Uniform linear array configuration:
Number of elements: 48
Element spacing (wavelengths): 0.75
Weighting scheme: kaiser
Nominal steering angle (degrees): -30
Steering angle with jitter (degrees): -29.116
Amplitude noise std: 0.05
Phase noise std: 0.05

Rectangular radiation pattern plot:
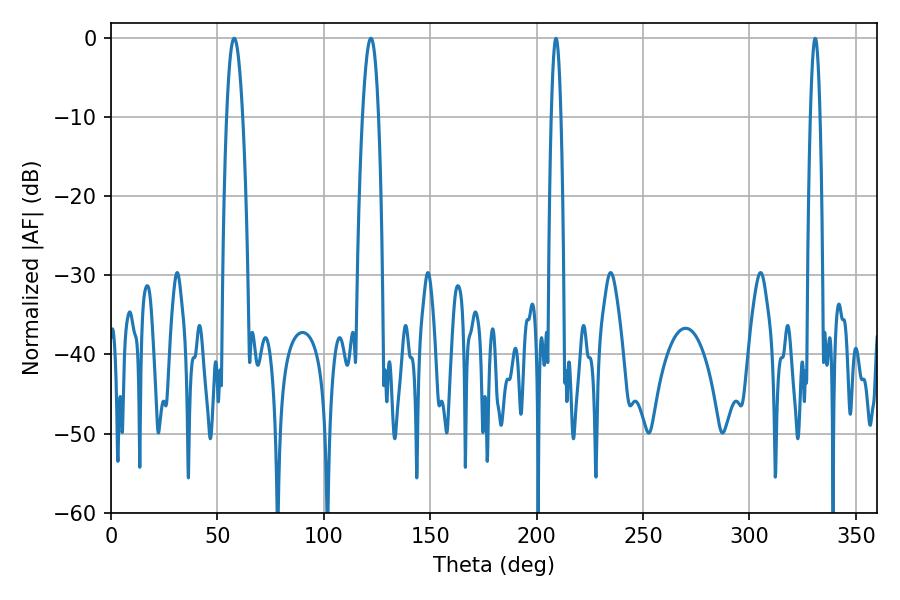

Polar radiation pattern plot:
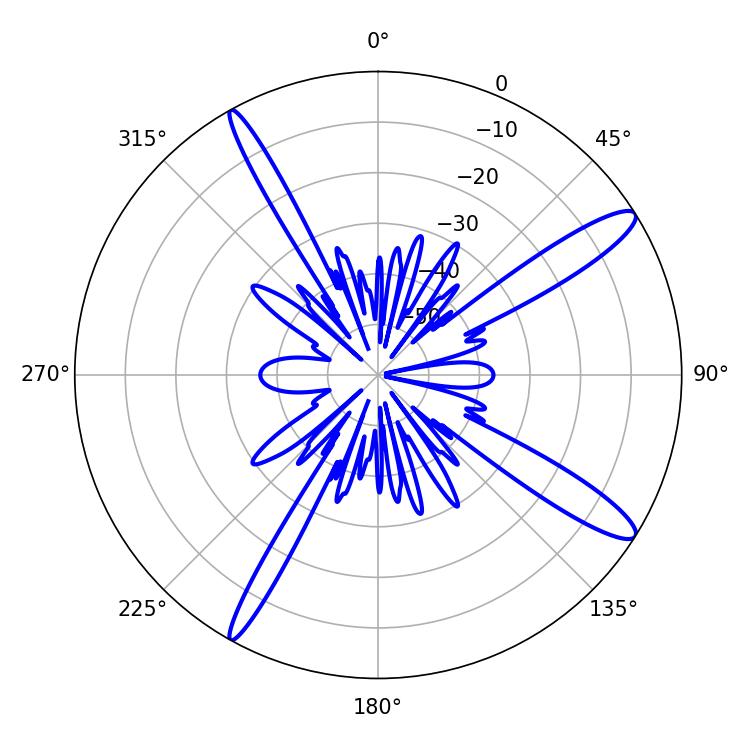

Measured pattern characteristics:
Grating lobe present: TRUE
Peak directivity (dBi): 13.623
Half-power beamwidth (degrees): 3.96
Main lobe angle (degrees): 122.04